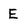
Character: E